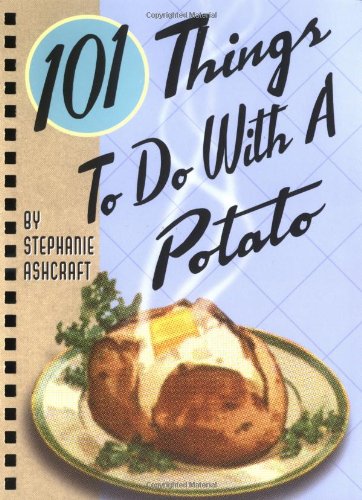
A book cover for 101 Things to Do with a Potato; Stephanie Ashcraft; Cookbooks, Food & Wine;